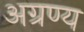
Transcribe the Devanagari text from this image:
अग्रण्य